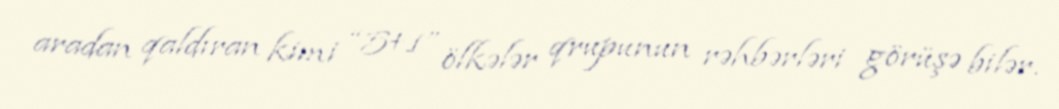
aradan qaldıran kimi “5+1” ölkələr qrupunun rəhbərləri görüşə bilər.